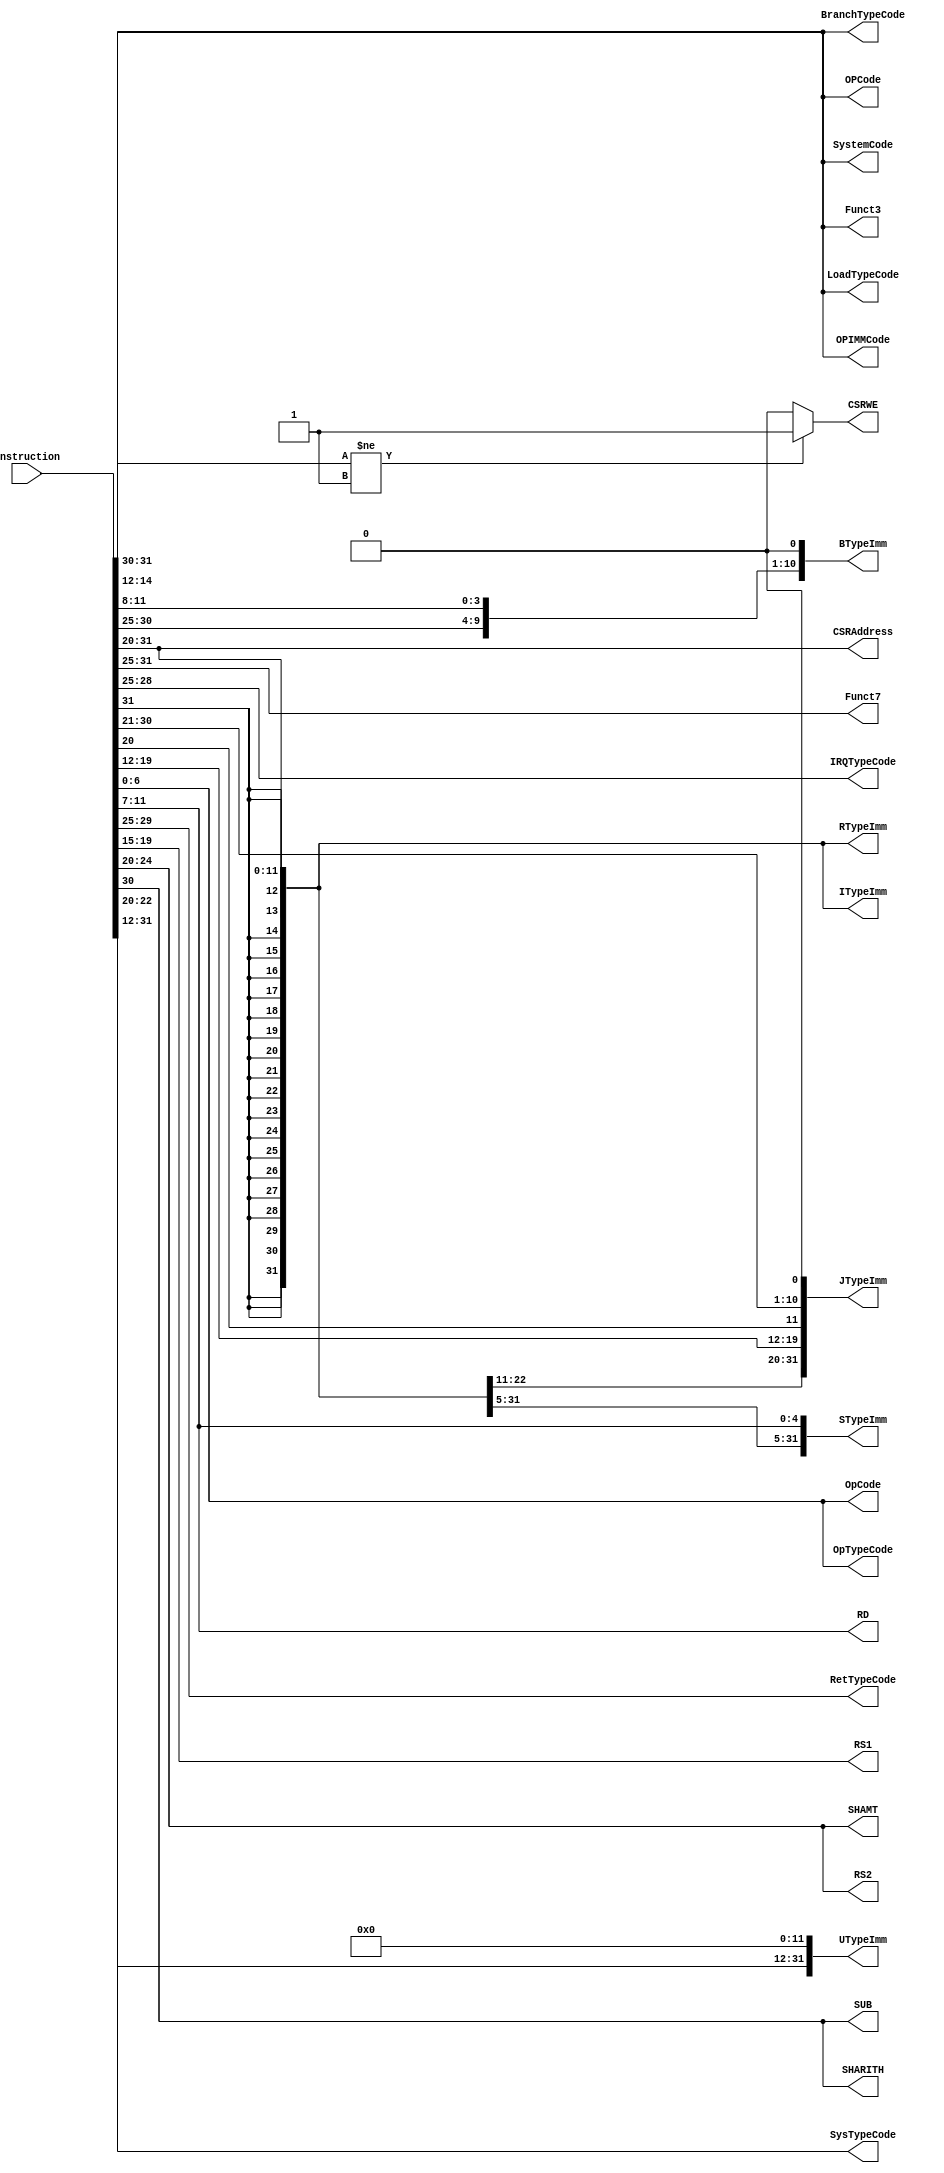
`timescale 1ns/1ps
`default_nettype none
// PLEASE READ THIS, IT MAY SAVE YOU SOME TIME AND MONEY, THANK YOU!
// * This file was generated by Quokka FPGA Toolkit.
// * Generated code is your property, do whatever you want with it
// * Place custom code between [BEGIN USER ***] and [END USER ***].
// * CAUTION: All code outside of [USER] scope is subject to regeneration.
// * Bad things happen sometimes in developer's life,
//   it is recommended to use source control management software (e.g. git, bzr etc) to keep your custom code safe'n'sound.
// * Internal structure of code is subject to change.
//   You can use some of signals in custom code, but most likely they will not exist in future (e.g. will get shorter or gone completely)
// * Please send your feedback, comments, improvement ideas etc. to evmuryshkin@gmail.com
// * Visit https://github.com/EvgenyMuryshkin/QuokkaEvaluation to access latest version of playground
//
// DISCLAIMER:
//   Code comes AS-IS, it is your responsibility to make sure it is working as expected
//   no responsibility will be taken for any loss or damage caused by use of Quokka toolkit.
//
// System configuration name is AXISoCQuadCoreModule_TopLevel_CPU3_CPU_ID, clock frequency is 1Hz, Embedded
// FSM summary
// -- Packages
module AXISoCQuadCoreModule_TopLevel_CPU3_CPU_ID
(
	// [BEGIN USER PORTS]
	// [END USER PORTS]
	input wire [31:0] Instruction,
	output wire [2:0] BranchTypeCode,
	output wire signed [31:0] BTypeImm,
	output wire [11:0] CSRAddress,
	output wire CSRWE,
	output wire [2:0] Funct3,
	output wire [6:0] Funct7,
	output wire [3:0] IRQTypeCode,
	output wire signed [31:0] ITypeImm,
	output wire signed [31:0] JTypeImm,
	output wire [2:0] LoadTypeCode,
	output wire [6:0] OpCode,
	output wire [2:0] OPCode,
	output wire [2:0] OPIMMCode,
	output wire [6:0] OpTypeCode,
	output wire [4:0] RD,
	output wire [4:0] RetTypeCode,
	output wire [4:0] RS1,
	output wire [4:0] RS2,
	output wire signed [31:0] RTypeImm,
	output wire [4:0] SHAMT,
	output wire SHARITH,
	output wire signed [31:0] STypeImm,
	output wire SUB,
	output wire [2:0] SystemCode,
	output wire [2:0] SysTypeCode,
	output wire signed [31:0] UTypeImm
);
	// [BEGIN USER SIGNALS]
	// [END USER SIGNALS]
	localparam HiSignal = 1'b1;
	localparam LoSignal = 1'b0;
	wire Zero = 1'b0;
	wire One = 1'b1;
	wire true = 1'b1;
	wire false = 1'b0;
	wire InstructionDecoders_L20F42T43_Expr = 1'b0;
	wire InstructionDecoders_L30F159T164_Expr = 1'b0;
	wire [1: 0] InstructionDecoders_L48F54T55_Expr = 2'b11;
	wire InstructionDecoders_L32F161T166_Expr = 1'b0;
	wire [31: 0] Inputs_Instruction;
	wire [31: 0] internalBits;
	wire [2: 0] internalFunct3;
	wire [6: 0] internalFunct7;
	wire signed [31: 0] internalITypeImm;
	wire [6: 0] internalOpCode;
	wire [4: 0] internalRS2;
	wire signed [31: 0] ZeroU32;
	wire [2: 0] InstructionDecoders_L16F49T69_Index;
	wire [6: 0] InstructionDecoders_L17F49T69_Index;
	wire [11: 0] InstructionDecoders_L14F67T87_Index;
	wire signed [11: 0] InstructionDecoders_L14F51T97_SignChange;
	wire signed [31: 0] InstructionDecoders_L14F51T109_Resize;
	wire [6: 0] InstructionDecoders_L15F49T67_Index;
	wire [4: 0] InstructionDecoders_L18F46T66_Index;
	wire [7: 0] InstructionDecoders_L41F67T87_Cast;
	wire [2: 0] InstructionDecoders_L41F50T87_Cast;
	wire InstructionDecoders_L30F81T97_Index;
	wire InstructionDecoders_L30F99T114_Index;
	wire [5: 0] InstructionDecoders_L30F116T136_Index;
	wire [3: 0] InstructionDecoders_L30F138T157_Index;
	wire [12: 0] InstructionDecoders_L30F40T165_Source;
	wire signed [12: 0] InstructionDecoders_L30F40T174_SignChange;
	wire signed [31: 0] InstructionDecoders_L30F40T186_Resize;
	wire [11: 0] InstructionDecoders_L47F57T77_Index;
	wire [15: 0] InstructionDecoders_L47F49T77_Cast;
	wire [11: 0] InstructionDecoders_L47F39T77_Cast;
	wire [1: 0] InstructionDecoders_L48F30T50_Index;
	wire [7: 0] InstructionDecoders_L45F58T78_Cast;
	wire [3: 0] InstructionDecoders_L45F44T78_Cast;
	wire [11: 0] InstructionDecoders_L28F56T76_Index;
	wire signed [11: 0] InstructionDecoders_L28F40T86_SignChange;
	wire signed [31: 0] InstructionDecoders_L28F40T98_Resize;
	wire InstructionDecoders_L32F81T97_Index;
	wire [7: 0] InstructionDecoders_L32F99T119_Index;
	wire InstructionDecoders_L32F121T137_Index;
	wire [9: 0] InstructionDecoders_L32F139T159_Index;
	wire [20: 0] InstructionDecoders_L32F40T167_Source;
	wire signed [20: 0] InstructionDecoders_L32F40T176_SignChange;
	wire signed [31: 0] InstructionDecoders_L32F40T188_Resize;
	wire [7: 0] InstructionDecoders_L42F61T81_Cast;
	wire [2: 0] InstructionDecoders_L42F46T81_Cast;
	wire [7: 0] InstructionDecoders_L40F43T63_Cast;
	wire [2: 0] InstructionDecoders_L40F34T63_Cast;
	wire [7: 0] InstructionDecoders_L39F52T72_Cast;
	wire [2: 0] InstructionDecoders_L39F40T72_Cast;
	wire [7: 0] InstructionDecoders_L38F55T75_Cast;
	wire [6: 0] InstructionDecoders_L38F42T75_Cast;
	wire [4: 0] InstructionDecoders_L22F34T53_Index;
	wire [7: 0] InstructionDecoders_L44F58T78_Cast;
	wire [4: 0] InstructionDecoders_L44F44T78_Cast;
	wire [4: 0] InstructionDecoders_L23F35T55_Index;
	wire [11: 0] InstructionDecoders_L27F56T76_Index;
	wire signed [11: 0] InstructionDecoders_L27F40T86_SignChange;
	wire signed [31: 0] InstructionDecoders_L27F40T98_Resize;
	wire [4: 0] InstructionDecoders_L34F37T59_Index;
	wire InstructionDecoders_L35F32T52_Index;
	wire [6: 0] InstructionDecoders_L29F81T101_Index;
	wire [4: 0] InstructionDecoders_L29F103T122_Index;
	wire [11: 0] InstructionDecoders_L29F40T123_Source;
	wire signed [11: 0] InstructionDecoders_L29F40T132_SignChange;
	wire signed [31: 0] InstructionDecoders_L29F40T144_Resize;
	wire InstructionDecoders_L36F28T48_Index;
	wire [7: 0] InstructionDecoders_L46F55T75_Cast;
	wire [2: 0] InstructionDecoders_L46F42T75_Cast;
	wire [7: 0] InstructionDecoders_L43F58T75_Cast;
	wire [2: 0] InstructionDecoders_L43F44T75_Cast;
	wire [19: 0] InstructionDecoders_L31F81T101_Index;
	wire [11: 0] InstructionDecoders_L31F103T117_Index;
	wire [31: 0] InstructionDecoders_L31F40T118_Source;
	wire signed [31: 0] InstructionDecoders_L31F40T127_SignChange;
	wire signed [31: 0] InstructionDecoders_L31F40T139_Resize;
	wire InstructionDecoders_L48F30T55_Expr;
	wire signed [2: 0] InstructionDecoders_L48F30T55_ExprLhs;
	wire signed [2: 0] InstructionDecoders_L48F30T55_ExprRhs;
	assign InstructionDecoders_L48F30T55_Expr = InstructionDecoders_L48F30T55_ExprLhs != InstructionDecoders_L48F30T55_ExprRhs ? 1'b1 : 1'b0;
	assign InstructionDecoders_L48F30T55_ExprLhs = {
		1'b0,
		InstructionDecoders_L48F30T50_Index
	}
	;
	assign InstructionDecoders_L48F30T55_ExprRhs = {
		1'b0,
		InstructionDecoders_L48F54T55_Expr
	}
	;
	assign Inputs_Instruction = Instruction;
	assign internalBits = Inputs_Instruction;
	assign InstructionDecoders_L16F49T69_Index = internalBits[14:12];
	assign internalFunct3 = InstructionDecoders_L16F49T69_Index;
	assign InstructionDecoders_L17F49T69_Index = internalBits[31:25];
	assign internalFunct7 = InstructionDecoders_L17F49T69_Index;
	assign InstructionDecoders_L14F67T87_Index = internalBits[31:20];
	assign InstructionDecoders_L14F51T97_SignChange = InstructionDecoders_L14F67T87_Index;
	assign InstructionDecoders_L14F51T109_Resize = {
		{20{InstructionDecoders_L14F51T97_SignChange[11]}},
		InstructionDecoders_L14F51T97_SignChange
	}
	;
	assign internalITypeImm = InstructionDecoders_L14F51T109_Resize;
	assign InstructionDecoders_L15F49T67_Index = internalBits[6:0];
	assign internalOpCode = InstructionDecoders_L15F49T67_Index;
	assign InstructionDecoders_L18F46T66_Index = internalBits[24:20];
	assign internalRS2 = InstructionDecoders_L18F46T66_Index;
	assign ZeroU32 = {
		{31{1'b0}},
		InstructionDecoders_L20F42T43_Expr
	}
	;
	assign InstructionDecoders_L41F67T87_Cast = {
		{5{1'b0}},
		internalFunct3
	}
	;
	assign InstructionDecoders_L41F50T87_Cast = InstructionDecoders_L41F67T87_Cast[2:0];
	assign BranchTypeCode = InstructionDecoders_L41F50T87_Cast;
	assign InstructionDecoders_L30F81T97_Index = internalBits[31];
	assign InstructionDecoders_L30F99T114_Index = internalBits[7];
	assign InstructionDecoders_L30F116T136_Index = internalBits[30:25];
	assign InstructionDecoders_L30F138T157_Index = internalBits[11:8];
	assign InstructionDecoders_L30F40T165_Source = {
		InstructionDecoders_L30F81T97_Index,
		InstructionDecoders_L30F99T114_Index,
		InstructionDecoders_L30F116T136_Index,
		InstructionDecoders_L30F138T157_Index,
		InstructionDecoders_L30F159T164_Expr
	}
	;
	assign InstructionDecoders_L30F40T174_SignChange = InstructionDecoders_L30F40T165_Source;
	assign InstructionDecoders_L30F40T186_Resize = {
		{19{InstructionDecoders_L30F40T174_SignChange[12]}},
		InstructionDecoders_L30F40T174_SignChange
	}
	;
	assign BTypeImm = InstructionDecoders_L30F40T186_Resize;
	assign InstructionDecoders_L47F57T77_Index = internalBits[31:20];
	assign InstructionDecoders_L47F49T77_Cast = {
		{4{1'b0}},
		InstructionDecoders_L47F57T77_Index
	}
	;
	assign InstructionDecoders_L47F39T77_Cast = InstructionDecoders_L47F49T77_Cast[11:0];
	assign CSRAddress = InstructionDecoders_L47F39T77_Cast;
	assign InstructionDecoders_L48F30T50_Index = internalBits[31:30];
	assign CSRWE = InstructionDecoders_L48F30T55_Expr;
	assign Funct3 = internalFunct3;
	assign Funct7 = internalFunct7;
	assign InstructionDecoders_L45F58T78_Cast = {
		1'b0,
		internalFunct7
	}
	;
	assign InstructionDecoders_L45F44T78_Cast = InstructionDecoders_L45F58T78_Cast[3:0];
	assign IRQTypeCode = InstructionDecoders_L45F44T78_Cast;
	assign InstructionDecoders_L28F56T76_Index = internalBits[31:20];
	assign InstructionDecoders_L28F40T86_SignChange = InstructionDecoders_L28F56T76_Index;
	assign InstructionDecoders_L28F40T98_Resize = {
		{20{InstructionDecoders_L28F40T86_SignChange[11]}},
		InstructionDecoders_L28F40T86_SignChange
	}
	;
	assign ITypeImm = InstructionDecoders_L28F40T98_Resize;
	assign InstructionDecoders_L32F81T97_Index = internalBits[31];
	assign InstructionDecoders_L32F99T119_Index = internalBits[19:12];
	assign InstructionDecoders_L32F121T137_Index = internalBits[20];
	assign InstructionDecoders_L32F139T159_Index = internalBits[30:21];
	assign InstructionDecoders_L32F40T167_Source = {
		InstructionDecoders_L32F81T97_Index,
		InstructionDecoders_L32F99T119_Index,
		InstructionDecoders_L32F121T137_Index,
		InstructionDecoders_L32F139T159_Index,
		InstructionDecoders_L32F161T166_Expr
	}
	;
	assign InstructionDecoders_L32F40T176_SignChange = InstructionDecoders_L32F40T167_Source;
	assign InstructionDecoders_L32F40T188_Resize = {
		{11{InstructionDecoders_L32F40T176_SignChange[20]}},
		InstructionDecoders_L32F40T176_SignChange
	}
	;
	assign JTypeImm = InstructionDecoders_L32F40T188_Resize;
	assign InstructionDecoders_L42F61T81_Cast = {
		{5{1'b0}},
		internalFunct3
	}
	;
	assign InstructionDecoders_L42F46T81_Cast = InstructionDecoders_L42F61T81_Cast[2:0];
	assign LoadTypeCode = InstructionDecoders_L42F46T81_Cast;
	assign OpCode = internalOpCode;
	assign InstructionDecoders_L40F43T63_Cast = {
		{5{1'b0}},
		internalFunct3
	}
	;
	assign InstructionDecoders_L40F34T63_Cast = InstructionDecoders_L40F43T63_Cast[2:0];
	assign OPCode = InstructionDecoders_L40F34T63_Cast;
	assign InstructionDecoders_L39F52T72_Cast = {
		{5{1'b0}},
		internalFunct3
	}
	;
	assign InstructionDecoders_L39F40T72_Cast = InstructionDecoders_L39F52T72_Cast[2:0];
	assign OPIMMCode = InstructionDecoders_L39F40T72_Cast;
	assign InstructionDecoders_L38F55T75_Cast = {
		1'b0,
		internalOpCode
	}
	;
	assign InstructionDecoders_L38F42T75_Cast = InstructionDecoders_L38F55T75_Cast[6:0];
	assign OpTypeCode = InstructionDecoders_L38F42T75_Cast;
	assign InstructionDecoders_L22F34T53_Index = internalBits[11:7];
	assign RD = InstructionDecoders_L22F34T53_Index;
	assign InstructionDecoders_L44F58T78_Cast = {
		1'b0,
		internalFunct7
	}
	;
	assign InstructionDecoders_L44F44T78_Cast = InstructionDecoders_L44F58T78_Cast[4:0];
	assign RetTypeCode = InstructionDecoders_L44F44T78_Cast;
	assign InstructionDecoders_L23F35T55_Index = internalBits[19:15];
	assign RS1 = InstructionDecoders_L23F35T55_Index;
	assign RS2 = internalRS2;
	assign InstructionDecoders_L27F56T76_Index = internalBits[31:20];
	assign InstructionDecoders_L27F40T86_SignChange = InstructionDecoders_L27F56T76_Index;
	assign InstructionDecoders_L27F40T98_Resize = {
		{20{InstructionDecoders_L27F40T86_SignChange[11]}},
		InstructionDecoders_L27F40T86_SignChange
	}
	;
	assign RTypeImm = InstructionDecoders_L27F40T98_Resize;
	assign InstructionDecoders_L34F37T59_Index = internalITypeImm[4:0];
	assign SHAMT = InstructionDecoders_L34F37T59_Index;
	assign InstructionDecoders_L35F32T52_Index = internalITypeImm[10];
	assign SHARITH = InstructionDecoders_L35F32T52_Index;
	assign InstructionDecoders_L29F81T101_Index = internalBits[31:25];
	assign InstructionDecoders_L29F103T122_Index = internalBits[11:7];
	assign InstructionDecoders_L29F40T123_Source = {
		InstructionDecoders_L29F81T101_Index,
		InstructionDecoders_L29F103T122_Index
	}
	;
	assign InstructionDecoders_L29F40T132_SignChange = InstructionDecoders_L29F40T123_Source;
	assign InstructionDecoders_L29F40T144_Resize = {
		{20{InstructionDecoders_L29F40T132_SignChange[11]}},
		InstructionDecoders_L29F40T132_SignChange
	}
	;
	assign STypeImm = InstructionDecoders_L29F40T144_Resize;
	assign InstructionDecoders_L36F28T48_Index = internalITypeImm[10];
	assign SUB = InstructionDecoders_L36F28T48_Index;
	assign InstructionDecoders_L46F55T75_Cast = {
		{5{1'b0}},
		internalFunct3
	}
	;
	assign InstructionDecoders_L46F42T75_Cast = InstructionDecoders_L46F55T75_Cast[2:0];
	assign SystemCode = InstructionDecoders_L46F42T75_Cast;
	assign InstructionDecoders_L43F58T75_Cast = {
		{3{1'b0}},
		internalRS2
	}
	;
	assign InstructionDecoders_L43F44T75_Cast = InstructionDecoders_L43F58T75_Cast[2:0];
	assign SysTypeCode = InstructionDecoders_L43F44T75_Cast;
	assign InstructionDecoders_L31F81T101_Index = internalBits[31:12];
	assign InstructionDecoders_L31F103T117_Index = ZeroU32[11:0];
	assign InstructionDecoders_L31F40T118_Source = {
		InstructionDecoders_L31F81T101_Index,
		InstructionDecoders_L31F103T117_Index
	}
	;
	assign InstructionDecoders_L31F40T127_SignChange = InstructionDecoders_L31F40T118_Source;
	assign InstructionDecoders_L31F40T139_Resize = InstructionDecoders_L31F40T127_SignChange;
	assign UTypeImm = InstructionDecoders_L31F40T139_Resize;
	// [BEGIN USER ARCHITECTURE]
	// [END USER ARCHITECTURE]
endmodule